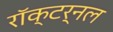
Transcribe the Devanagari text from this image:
रॉक्टर्नल